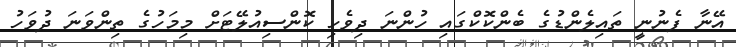
އޭނާ ފެނުނީ ތައިލެންޑުގެ ބެންކޮކްގައި ހުންނަ ދިވެހި ކޮންސިއުލޭޓަށް މިމަހުގެ ތިންވަނަ ދުވަހު